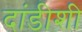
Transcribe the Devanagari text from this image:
दांडीशी